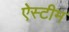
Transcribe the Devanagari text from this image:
ऐस्टीम